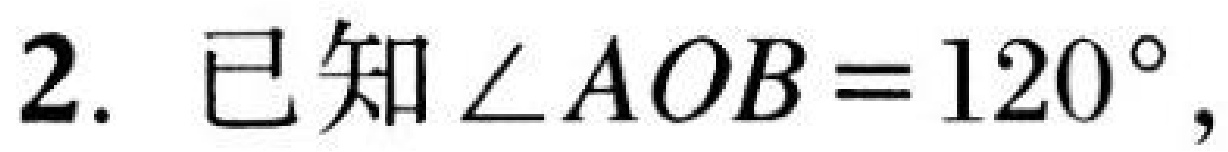
2. 已知$\angle AOB = 120^{\circ},$